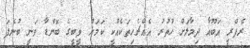
ރެފްރީ އަބޫއާ ދިމާލަށް ހުތުރު އެއްޗެހިތަކެއްކީ ކަމަށް ވީބީގެ ބޮންޑާ ވަނީ ބުނެފަ